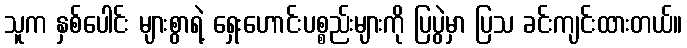
သူက နှစ်ပေါင်း များစွာရဲ့ ရှေးဟောင်းပစ္စည်းများကို ပြပွဲမှာ ပြသ ခင်းကျင်းထားတယ်။